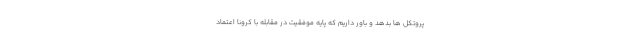
پروتکل ها بدهد و باور داریم که پایه موفقیت در مقابله با کرونا اعتماد